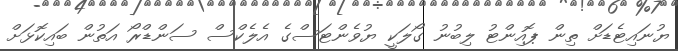
ޔުނައިޓެޑަށް ތިން ޕޮއިންޓު ލިބުނު ގޯލަކީ ޔުވެންޓަސްގެ އެލެކްސް ސަންޑްރޯ އަތުން ބައިކޮޅަށް